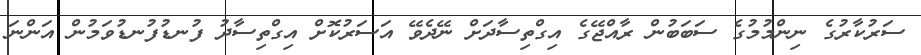
ސަރުކާރުގެ ނިންމުމުގެ ސަބަބުން ރާއްޖޭގެ އިގްތިސާދަށް ނޭދެވޭ އަސަރުކޮށް އިގްތިސާދު ފުނޑުފުނޑުވަމުން އަންނަ